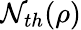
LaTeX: \mathcal{N}_{th}(\rho)